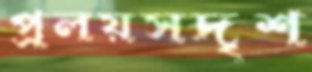
প্রলয়সদৃশ